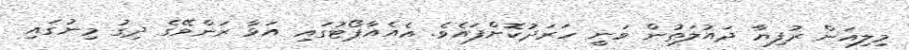
މިލިއަން ރުފިޔާ ދައުލަތުން ވަނީ ހަރަދުކޮށްފައެވެ. އެއެއާޕޯޓުގައި އަޅާ ރަންވޭގެ ދިގު މިނުގައި